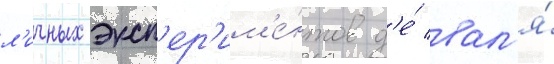
л'ичных эксп'ер'им'е́нтов д'е́ вал'я́